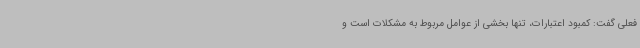
فعلی گفت: کمبود اعتبارات، تنها بخشی از عوامل مربوط به مشکلات است و